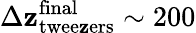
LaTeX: \Delta\mathbf{z}_{\mathrm{{twee\mathbf{z}ers}}}^{\mathrm{{final}}}\sim200